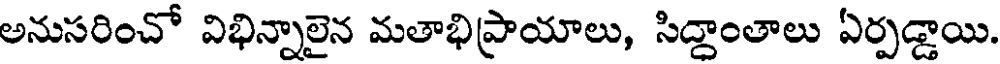
అనుసరించో విభిన్నాలైన మతాభిప్రాయాలు, సిద్దాంతాలు ఏర్పడ్డాయి.